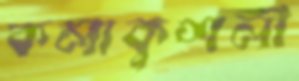
কলাকুশলী